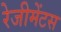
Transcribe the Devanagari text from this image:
रेजीमेंटस